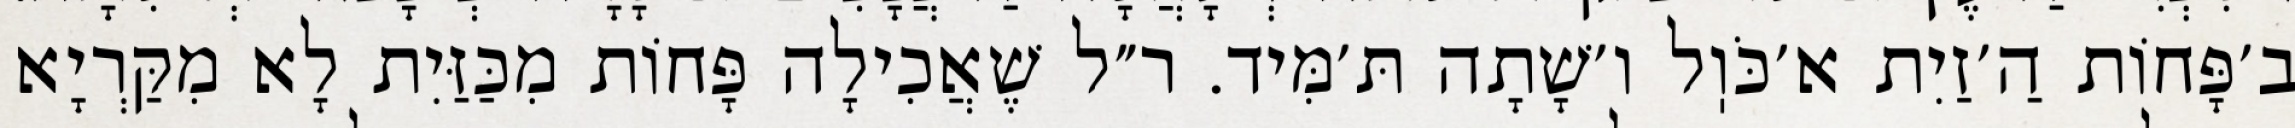
ב׳פָּחוֹת הַ׳זַיִת א׳כֹּוֽל ו׳שָׁתָה תּ׳מִּיד. ר״ל שֶׁאֲכִילָה פָּחוֹת מִכַּזַּיִת לָא מִקַּרְיָא